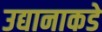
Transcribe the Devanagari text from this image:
उद्यानाकडे